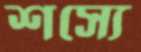
শস্যে